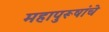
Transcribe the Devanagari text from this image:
महापुरूषांचे